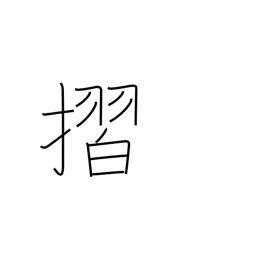
Meaning: rub